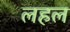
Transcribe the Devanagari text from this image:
लहल